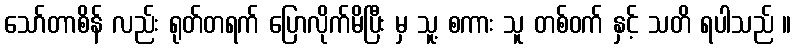
သော်တာစိန် လည်း ရုတ်တရက် ပြောလိုက်မိပြီး မှ သူ့ စကား သူ တစ်ဝက် နှင့် သတိ ရပါသည် ။